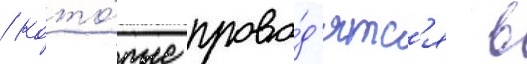
/ кото́рые прово́д'ятс'я в